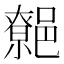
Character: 𨝼